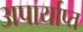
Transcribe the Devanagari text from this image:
अपार्याप्त